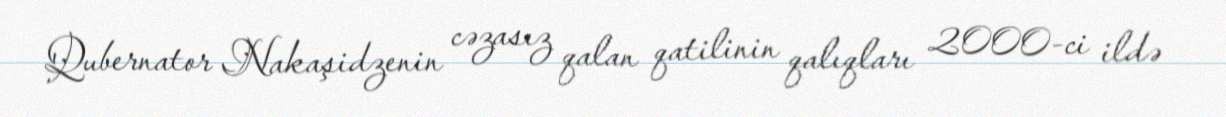
Qubernator Nakaşidzenin cəzasız qalan qatilinin qalıqları 2000-ci ildə